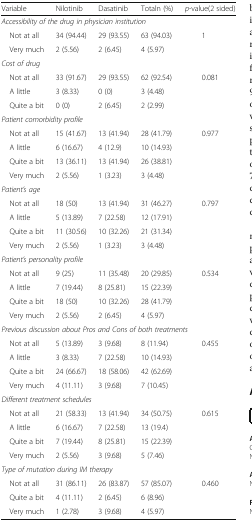
<table><thead><tr><td><b>Variable</b></td><td><b>Nilotinib</b></td><td><b>Dasatinib</b></td><td><b>Totaln (%)</b></td><td><b><i>p</i>-value(2 sided)</b></td></tr></thead><tbody><tr><td colspan="5"><i>Accessibility of the drug in physician institution</i></td></tr><tr><td> Not at all</td><td>34 (94.44)</td><td>29 (93.55)</td><td>63 (94.03)</td><td>1</td></tr><tr><td> Very much</td><td>2 (5.56)</td><td>2 (6.45)</td><td>4 (5.97)</td><td>[EMPTY_CELL]</td></tr><tr><td colspan="5"><i>Cost of drug</i></td></tr><tr><td> Not at all</td><td>33 (91.67)</td><td>29 (93.55)</td><td>62 (92.54)</td><td>0.081</td></tr><tr><td> A little</td><td>3 (8.33)</td><td>0 (0)</td><td>3 (4.48)</td><td>[EMPTY_CELL]</td></tr><tr><td> Quite a bit</td><td>0 (0)</td><td>2 (6.45)</td><td>2 (2.99)</td><td>[EMPTY_CELL]</td></tr><tr><td colspan="5"><i>Patient comorbidity profile</i></td></tr><tr><td> Not at all</td><td>15 (41.67)</td><td>13 (41.94)</td><td>28 (41.79)</td><td>0.977</td></tr><tr><td> A little</td><td>6 (16.67)</td><td>4 (12.9)</td><td>10 (14.93)</td><td>[EMPTY_CELL]</td></tr><tr><td> Quite a bit</td><td>13 (36.11)</td><td>13 (41.94)</td><td>26 (38.81)</td><td>[EMPTY_CELL]</td></tr><tr><td> Very much</td><td>2 (5.56)</td><td>1 (3.23)</td><td>3 (4.48)</td><td>[EMPTY_CELL]</td></tr><tr><td colspan="5"><i>Patient’s age</i></td></tr><tr><td> Not at all</td><td>18 (50)</td><td>13 (41.94)</td><td>31 (46.27)</td><td>0.797</td></tr><tr><td> A little</td><td>5 (13.89)</td><td>7 (22.58)</td><td>12 (17.91)</td><td>[EMPTY_CELL]</td></tr><tr><td> Quite a bit</td><td>11 (30.56)</td><td>10 (32.26)</td><td>21 (31.34)</td><td>[EMPTY_CELL]</td></tr><tr><td> Very much</td><td>2 (5.56)</td><td>1 (3.23)</td><td>3 (4.48)</td><td>[EMPTY_CELL]</td></tr><tr><td colspan="5"><i>Patient’s personality profile</i></td></tr><tr><td> Not at all</td><td>9 (25)</td><td>11 (35.48)</td><td>20 (29.85)</td><td>0.534</td></tr><tr><td> A little</td><td>7 (19.44)</td><td>8 (25.81)</td><td>15 (22.39)</td><td>[EMPTY_CELL]</td></tr><tr><td> Quite a bit</td><td>18 (50)</td><td>10 (32.26)</td><td>28 (41.79)</td><td>[EMPTY_CELL]</td></tr><tr><td> Very much</td><td>2 (5.56)</td><td>2 (6.45)</td><td>4 (5.97)</td><td>[EMPTY_CELL]</td></tr><tr><td colspan="5"><i>Previous discussion about Pros and Cons of both treatments</i></td></tr><tr><td> Not at all</td><td>5 (13.89)</td><td>3 (9.68)</td><td>8 (11.94)</td><td>0.455</td></tr><tr><td> A little</td><td>3 (8.33)</td><td>7 (22.58)</td><td>10 (14.93)</td><td>[EMPTY_CELL]</td></tr><tr><td> Quite a bit</td><td>24 (66.67)</td><td>18 (58.06)</td><td>42 (62.69)</td><td>[EMPTY_CELL]</td></tr><tr><td> Very much</td><td>4 (11.11)</td><td>3 (9.68)</td><td>7 (10.45)</td><td>[EMPTY_CELL]</td></tr><tr><td colspan="5"><i>Different treatment schedules</i></td></tr><tr><td> Not at all</td><td>21 (58.33)</td><td>13 (41.94)</td><td>34 (50.75)</td><td>0.615</td></tr><tr><td> A little</td><td>6 (16.67)</td><td>7 (22.58)</td><td>13 (19.4)</td><td>[EMPTY_CELL]</td></tr><tr><td> Quite a bit</td><td>7 (19.44)</td><td>8 (25.81)</td><td>15 (22.39)</td><td>[EMPTY_CELL]</td></tr><tr><td> Very much</td><td>2 (5.56)</td><td>3 (9.68)</td><td>5 (7.46)</td><td>[EMPTY_CELL]</td></tr><tr><td colspan="5"><i>Type of mutation during IM therapy</i></td></tr><tr><td> Not at all</td><td>31 (86.11)</td><td>26 (83.87)</td><td>57 (85.07)</td><td>0.460</td></tr><tr><td> Quite a bit</td><td>4 (11.11)</td><td>2 (6.45)</td><td>6 (8.96)</td><td>[EMPTY_CELL]</td></tr><tr><td> Very much</td><td>1 (2.78)</td><td>3 (9.68)</td><td>4 (5.97)</td><td>[EMPTY_CELL]</td></tr></tbody></table>